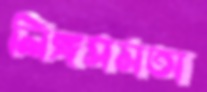
লিঙ্গসমতা